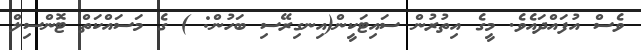
ވެސް އުފައްދައެވެ. މީގެ އިތުރުން ސައިޓަކީން(އިނގިރޭސި ބަހުން: ) ގެ މަސައްކަތް ޓޮންސިލް